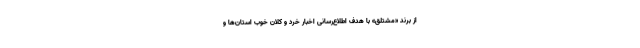
از برند «مشتلق» با هدف اطلاع‌رسانی اخبار خرد و کلان خوب استان‌ها و